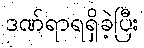
ဒဏ်ရာရရှိခဲ့ပြီး